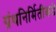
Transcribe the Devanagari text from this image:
ग्रंथनिर्मितीकडे